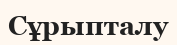
Сұрыпталу